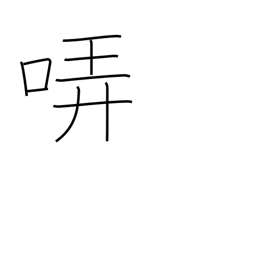
Meaning: warble